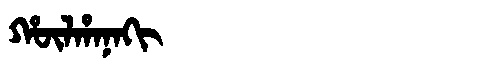
Manchu: ᡥᡡᠯᡥᠠᠨᠠᡴᡳ
Romanization: HŪLHANAKI